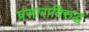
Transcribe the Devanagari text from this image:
प्रसाराविरुद्ध